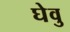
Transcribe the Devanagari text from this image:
घेवु